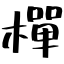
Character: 樿